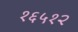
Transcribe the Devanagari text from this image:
१६५१२